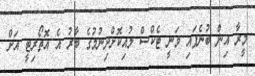
މީރާ އިން ބުނެފައި ވަނީ ޓެކްސް ލުއިކޮށްދިނުމުގެ ބާރު އެ އޮތޯރިޓީ އަށް